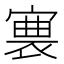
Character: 𡪊